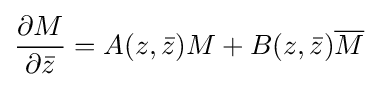
{\frac {\partial M}{\partial {\bar {z}}}}=A(z,{\bar {z}})M+B(z,{\bar {z}}){\overline {M}}